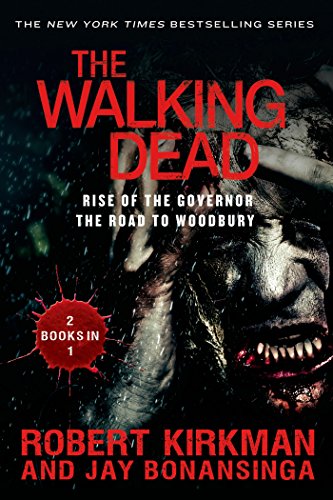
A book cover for The Walking Dead: Rise of the Governor and The Road to Woodbury (The Walking Dead Series); Robert Kirkman; Mystery, Thriller & Suspense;